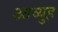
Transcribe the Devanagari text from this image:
आव्युह